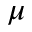
\mu